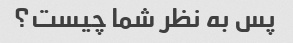
پس به نظر شما چیست؟